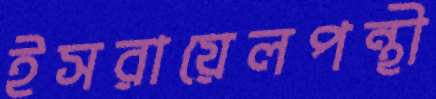
ইসরায়েলপন্থী